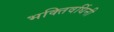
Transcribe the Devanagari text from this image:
भक्तिवर्धिनी